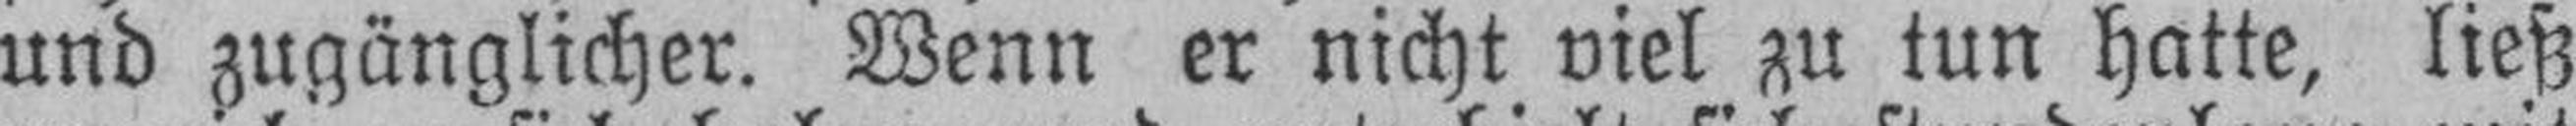
und zugänglicher. Wenn er nicht viel zu tun hatte, ließ